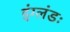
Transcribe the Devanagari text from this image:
इंग्लंडः